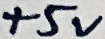
Text: +5V